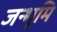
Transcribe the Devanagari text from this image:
जन्भूमि